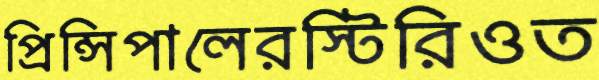
প্রিন্সিপালেরস্টিরিওত